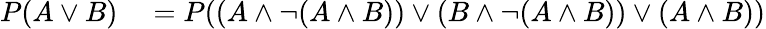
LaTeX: \begin{array}{rl}{P(A\lor B)}&{{}=P((A\land\neg(A\land B))\lor(B\land\neg(A\land B))\lor(A\land B))}\end{array}